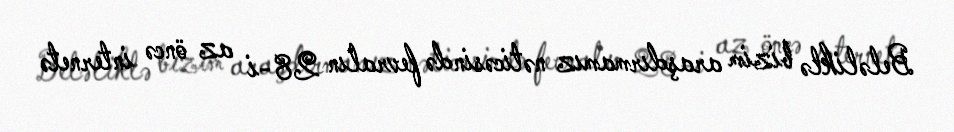
Beləliklə bizim araşdırmamız nəticəsində fevralın 28-i az öncə internetə